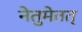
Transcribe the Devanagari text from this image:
नेतुमेतत्‌